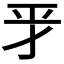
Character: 𢀝